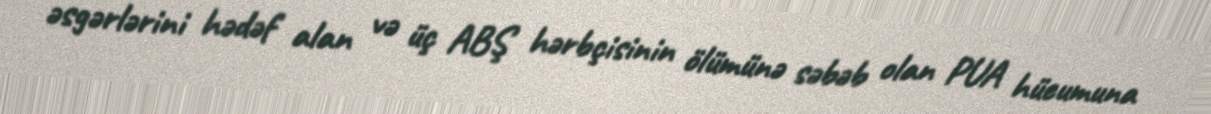
əsgərlərini hədəf alan və üç ABŞ hərbçisinin ölümünə səbəb olan PUA hücumuna